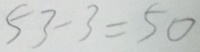
5 3 - 3 = 5 0